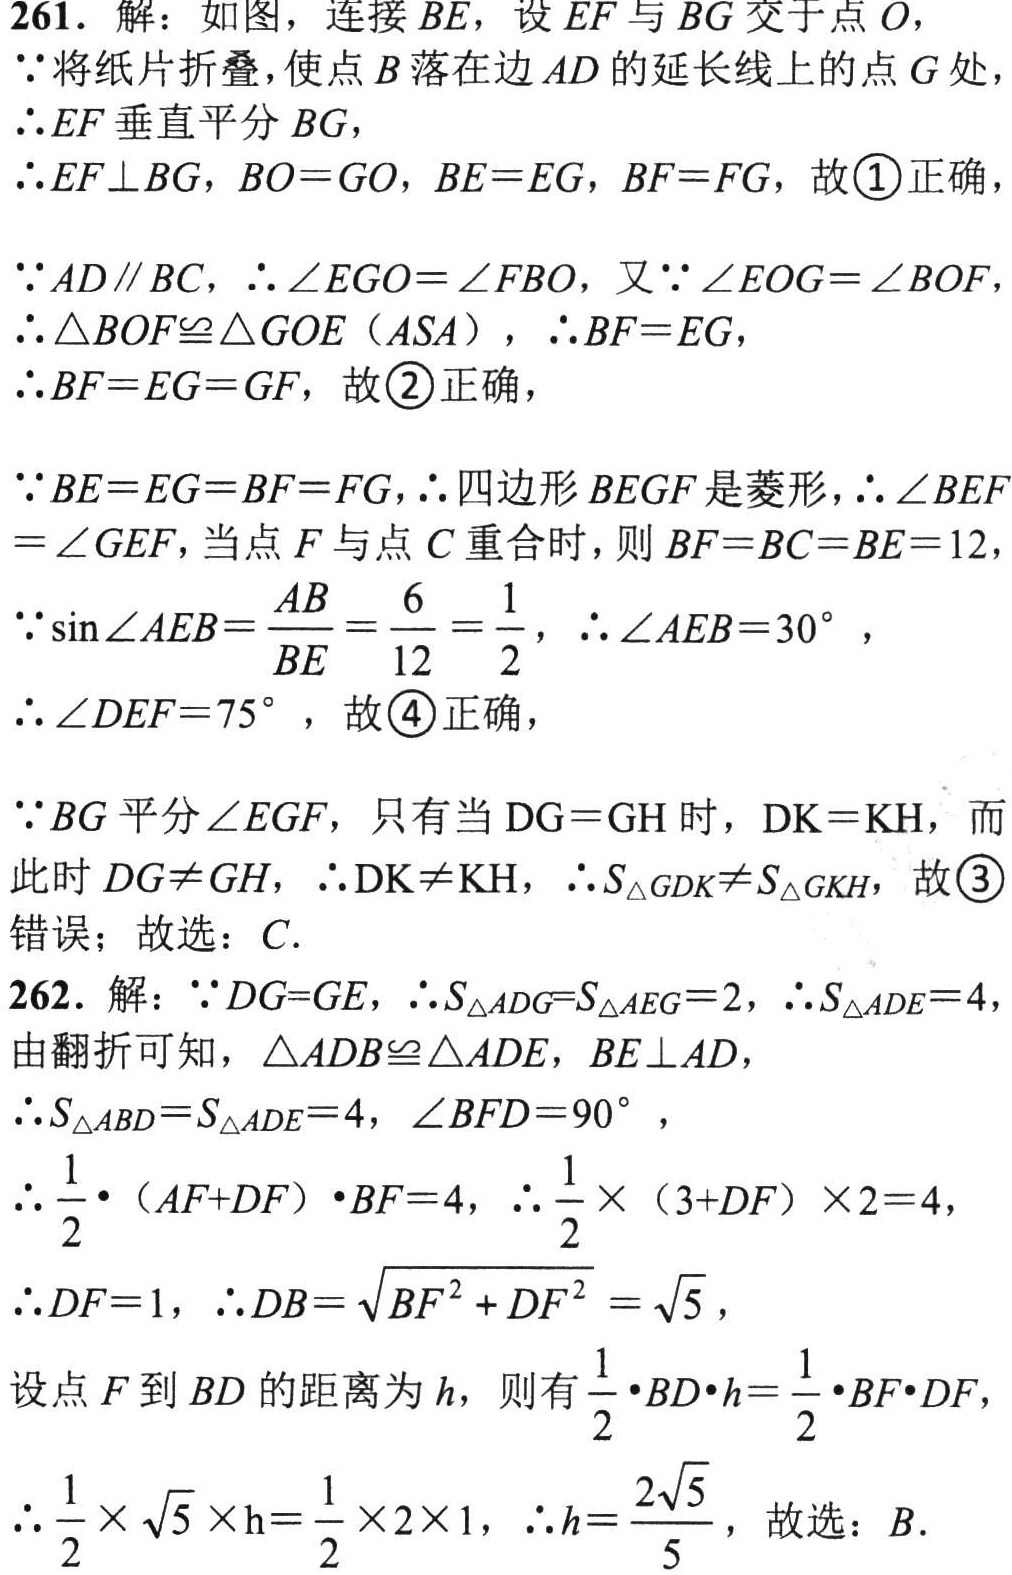
261. 解：如图，连接 \(BE\)，设 \(EF\) 与 \(BG\) 交于点 \(O\)，

\(\because\) 将纸片折叠，使点 \(B\) 落在边 \(AD\) 的延长线上的点 \(G\) 处

\(\therefore EF\) 垂直平分 \(BG\)，

\(\therefore EF\perp BG\)，\(BO = GO\)，\(BE = EG\)，\(BF = FG\)，故\(\textcircled{1}\)正确，

\(\because AD\parallel BC\)，\(\therefore\angle EGO=\angle FBO\)，又\(\because\angle EOG=\angle BOF\)

\(\therefore\triangle BOF\cong\triangle GOE\)（\(ASA\)），\(\therefore BF = EG\)，

\(\therefore BF = EG = GF\)，故\(\textcircled{2}\)正确，

\(\because BE = EG = BF = FG\)，\(\therefore\) 四边形 \(BEGF\) 是菱形，\(\therefore\angle BEF=\angle GEF\)，当点 \(F\) 与点 \(C\) 重合时，则 \(BF = BC = BE = 12\)

\(\because\sin\angle AEB=\frac{AB}{BE}=\frac{6}{12}=\frac{1}{2}\)，\(\therefore\angle AEB = 30^{\circ}\)，

\(\therefore\angle DEF = 75^{\circ}\)，故\(\textcircled{4}\)正确，

\(\because BG\) 平分 \(\angle EGF\)，只有当 \(DG = GH\) 时，\(DK = KH\)，而此时 \(DG\neq GH\)，\(\therefore DK\neq KH\)，\(\therefore S_{\triangle GDK}\neq S_{\triangle GKH}\)，故\(\textcircled{3}\)错误；故选：\(C\).

262. 解：\(\because DG = GE\)，\(\therefore S_{\triangle ADG}=S_{\triangle AEG}=2\)，\(\therefore S_{\triangle ADE}=4\)，

由翻折可知，\(\triangle ADB\cong\triangle ADE\)，\(BE\perp AD\)，

\(\therefore S_{\triangle ABD}=S_{\triangle ADE}=4\)，\(\angle BFD = 90^{\circ}\)，

\(\therefore\frac{1}{2}\cdot(AF + DF)\cdot BF = 4\)，\(\therefore\frac{1}{2}\times(3 + DF)\times2 = 4\)，

\(\therefore DF = 1\)，\(\therefore DB=\sqrt{BF^{2}+DF^{2}}=\sqrt{5}\)，

设点 \(F\) 到 \(BD\) 的距离为 \(h\)，则有 \(\frac{1}{2}\cdot BD\cdot h=\frac{1}{2}\cdot BF\cdot DF\)，

\(\therefore\frac{1}{2}\times\sqrt{5}\times h=\frac{1}{2}\times2\times1\)，\(\therefore h=\frac{2\sqrt{5}}{5}\)，故选：\(B\).